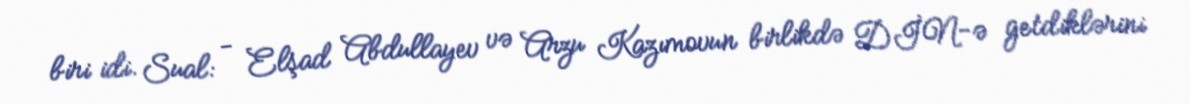
biri idi. Sual: - Elşad Abdullayev və Arzu Kazımovun birlikdə DİN-ə getdiklərini